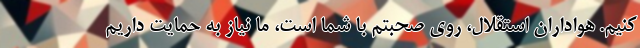
کنیم. هواداران استقلال، روی صحبتم با شما است، ما نیاز به حمایت داریم